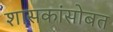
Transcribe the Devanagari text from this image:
शासकांसोबत